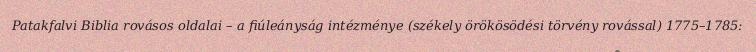
Patakfalvi Biblia rovásos oldalai – a fiúleányság intézménye (székely örökösödési törvény rovással) 1775–1785: